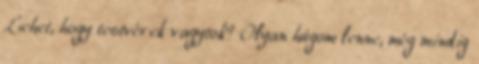
Lehet, hogy testvérek vagytok? Olyan húgom lenne, még mindig